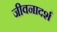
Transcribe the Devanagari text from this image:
जीवनादर्श